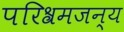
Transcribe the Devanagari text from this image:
परिश्रमजन्य